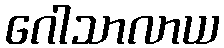
ဂေါသာလာယ